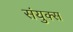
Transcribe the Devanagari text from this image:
संयुक्स